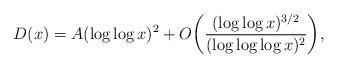
LaTeX: \begin{align*}D(x) = A(\log\log x)^2 + O\bigg(\frac{(\log\log x)^{3/2}}{(\log\log\log x)^2} \bigg),\end{align*}